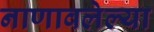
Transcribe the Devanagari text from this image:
नाणावलेल्या